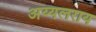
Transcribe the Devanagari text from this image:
अय्यलराय